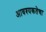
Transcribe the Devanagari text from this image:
आवश्‍यकतेचा